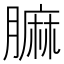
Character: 𦟟